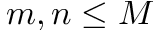
m , n \le M